Document type: Enfranchisement
Year: 1297
Scribe: Jaume de Trilla
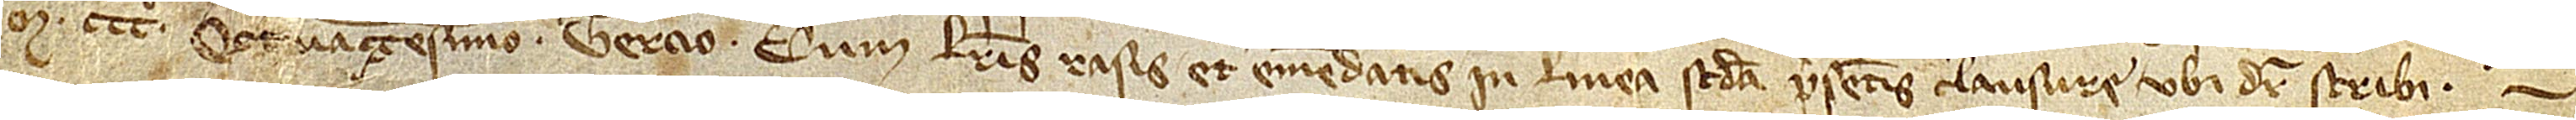
Mº CCCº octuagesimo tercio, cum literis rasis et emendatis in linea secunda presentis clausure, ubi dicitur “scribi”.